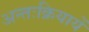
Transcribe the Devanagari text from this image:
अन्तःक्रियायें